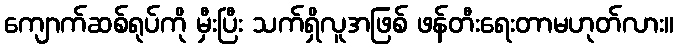
ကျောက်ဆစ်ရုပ်ကို မှီးပြီး သက်ရှိလူအဖြစ် ဖန်တီးရေးတာမဟုတ်လား။